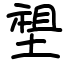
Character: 𡏄